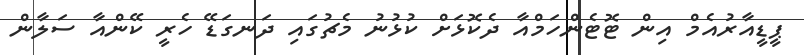
ޕީޑީއާރުއެމް އިން ޓޮޓެންހަމްއާ ދެކޮޅަށް ކުޅުނު މެޗުގައި ދަނގަޑޭ ހެރީ ކޭންއާ ސަލާން